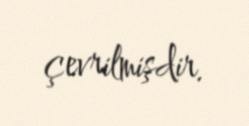
çevrilmişdir.